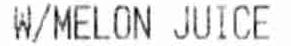
W/MELON JUICE